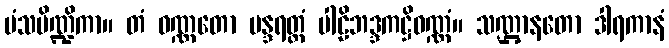
မံသပိဏ္ဍိကာ။ တံ ဝဏ္ဏတော မန္ဒရတ္တံ ပါဠိဘဒ္ဒကဋ္ဌိဝဏ္ဏံ။ သဏ္ဌာနတော ဒါရကာနံ